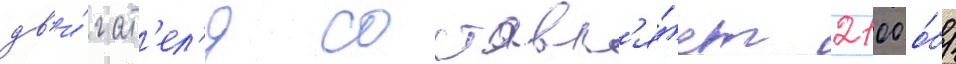
дв'и́гат'ел'я составл'я́ет 2100 о́б/